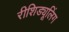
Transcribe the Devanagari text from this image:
रीशिड्यूलिंग